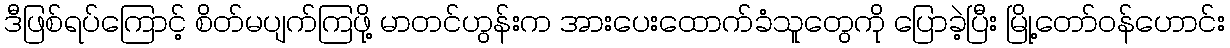
ဒီဖြစ်ရပ်ကြောင့် စိတ်မပျက်ကြဖို့ မာတင်ဟွန်းက အားပေးထောက်ခံသူတွေကို ပြောခဲ့ပြီး မြို့တော်ဝန်ဟောင်း